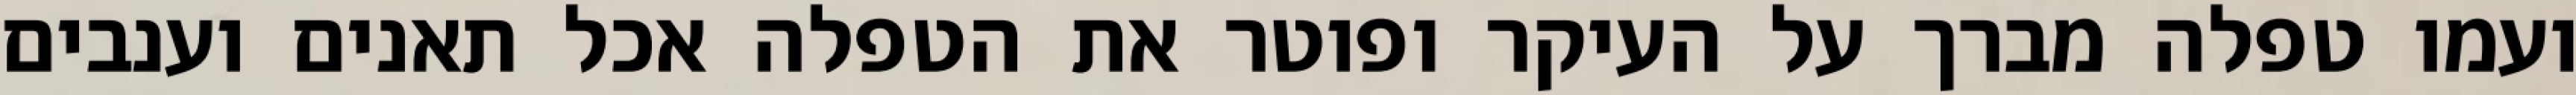
ועמו טפלה מברך על העיקר ופוטר את הטפלה אכל תאנים וענבים